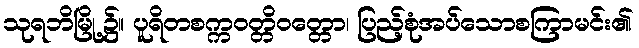
သုရဘိမြို့၌။ ပူရိတစက္ကဝတ္တိဝတ္တော၊ ပြည့်စုံအပ်သောစကြာမင်း၏